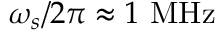
\omega _ { s } / 2 \pi \approx 1 ~ \mathrm { M H z }